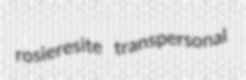
rosieresite transpersonal